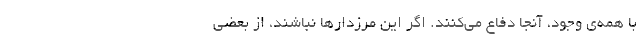
با همه‌ی وجود، آنجا دفاع می‌کنند. اگر این مرزدارها نباشند، از بعضی